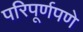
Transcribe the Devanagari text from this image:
परिपूर्णपणे